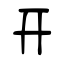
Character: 开